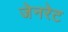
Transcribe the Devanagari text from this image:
जेनरेट